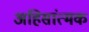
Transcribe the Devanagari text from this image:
अहिसांत्मक